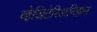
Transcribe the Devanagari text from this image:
व्हेजिटेरिअनिझम